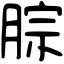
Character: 腙